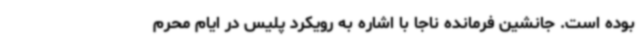
بوده است. جانشین فرمانده ناجا با اشاره به رویکرد پلیس در ایام محرم